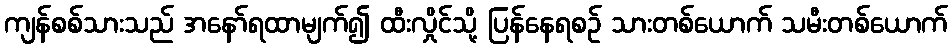
ကျန်စစ်သားသည် အနော်ရထာမျက်၍ ထီးလှိုင်သို့ ပြန်နေရစဉ် သားတစ်ယောက် သမီးတစ်ယောက်